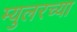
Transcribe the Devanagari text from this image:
म्युलरच्या